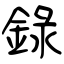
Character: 録